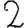
Digit: 2